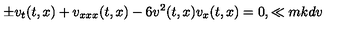
\pm v _ { t } ( t , x ) + v _ { x x x } ( t , x ) - 6 v ^ { 2 } ( t , x ) v _ { x } ( t , x ) = 0 , \ll { m k d v }